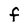
Character: F